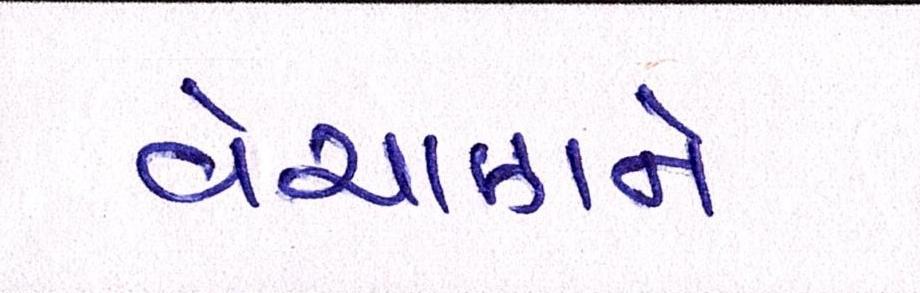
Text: વેચાણને